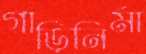
গাড়িনির্মা